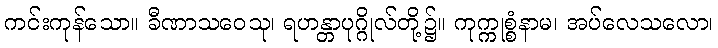
ကင်းကုန်သော။ ခီဏာသဝေသု၊ ရဟန္တာပုဂ္ဂိုလ်တို့၌။ ကုက္ကုစ္စံနာမ၊ အပ်လေသလော၊